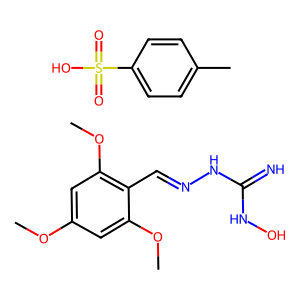
SMILES: COc1cc(OC)c(C=NNC(=N)NO)c(OC)c1.Cc1ccc(S(=O)(=O)O)cc1
Inhibits HIV replication: No